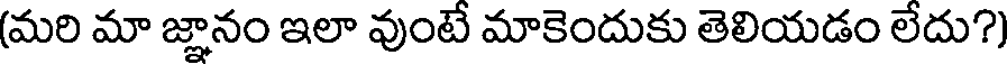
(మరి మా జ్ఞానం ఇలా వుంటే మాకెందుకు తెలియడం లేదు?)